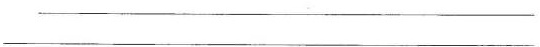
___